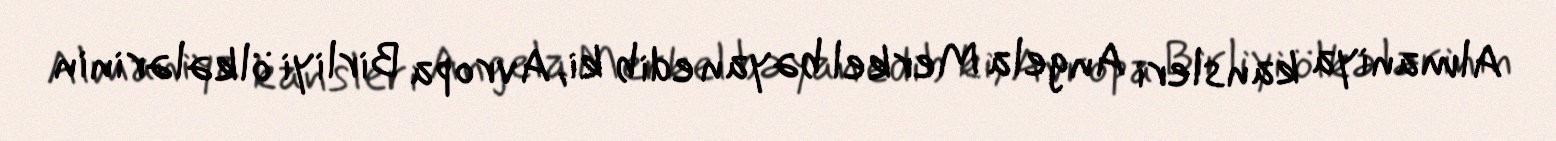
Almaniya kansleri Angela Merkel bəyan edib ki, Avropa Birliyi ölkələrinin